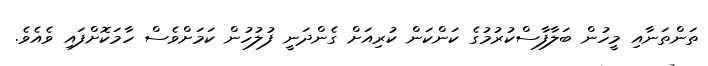
ތަންތަނާއި މީހުން ބަލާފާސްކުރުމުގެ ކަންކަން ކުރިއަށް ގެންދަނީ ފުލުހުން ކަމަށްވެސް ހާމަކޮށްފައި ވެއެވެ.